Indian journal of veterinary science and animal husbandry - Volumes 15-17, 1948-1951
Year: 1948
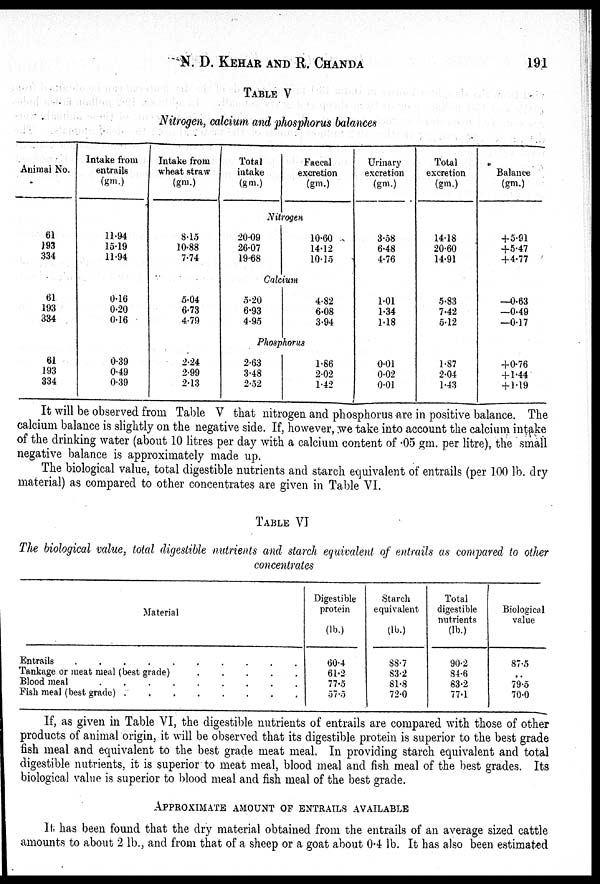
N. D. KEHAR AND R. CHANDA 191
TABLE V
Nitrogen, calcium and phosphorus balances
Animal No.
61
193
334
61
193
334
61
193
334
Intake from
entrails
(gm.)
11.94
15.19
11.94
0.16
0.20
0.16
0.39
0.49
0.39
Intake from
wheat straw
(gm.)
8.15
10.88
7.74
5.04
6.73
4.79
2.24
2.99
2.13
Total
intake
(gm.)
Faecal
excretion
(gm.)
Nitrogen
20.09
26.07
19.68
10.60
14.12
10.15
Calcium
5.20
6.93
4.95
4.82
6.08
3.94
Phosphorus
2.63
3.48
2.52
1.86
2.02
1.42
Urinary
excretion
(gm.)
3.58
6.48
4.76
1.01
1.34
1.18
0.01
0.02
0.01
Total
excretion
(gm.)
14.18
20.60
14.91
5.83
7.42
5.12
1.87
2.04
1.43
Balance
(gm.)
+5.91
5.47
+4.77
—0.63
—0.49
—0.17
+0.76
+1.44
+ 1.19
It will be observed from Table V that nitrogen and phosphorus are in positive balance. The
calcium balance is slightly on the negative side. If, however, we take into account the calcium intake
of the drinking water (about 10 litres per day with a calcium content of .05 gm. per litre), the small
negative balance is approximately made up.
The biological value, total digestible nutrients and starch equivalent of entrails (per 100 lb. dry
material) as compared to other concentrates are given in Table VI.
TABLE VI
The biological value, total digestible nutrients and starch equivalent of entrails as compared to other
concentrates
Material
Entrails . . . . . . . . . .
Tankage or meat meal (best grade) . . . . . . . . . .
Blood meal . . . . . . . . . .
Fish meal (best grade) .
.
.
.
.
.
.
.
Digestible
protein
(lb.)
60.4
61.2
77.5
57.5
Starch
equivalent
(lb.)
88.7
83.2
81.8
72.0
Total
digestible
nutrients
(lb.)
90.2
34.6
83.2
77.1
Biological
value
87.5
..
79.5
70.0
If, as given in Table VI, the digestible nutrients of entrails are compared with those of other
products of animal origin, it will be observed that its digestible protein is superior to the best grade
fish meal and equivalent to the best grade meat meal. In providing starch equivalent and total
digestible nutrients, it is superior to meat meal, blood meal and fish meal of the best grades. Its
biological value is superior to blood meal and fish meal of the best grade.
APPROXIMATE AMOUNT OF ENTRAILS AVAILABLE
It has been found that the dry material obtained from the entrails of an average sized cattle
amounts to about 2 lb., and from that of a sheep or a goat about 04 lb. It has also been estimated